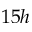
1 5 h